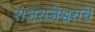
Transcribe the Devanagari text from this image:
राजराजेश्वराचे